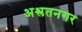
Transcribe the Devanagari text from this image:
अश्लतनगर